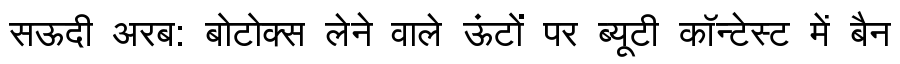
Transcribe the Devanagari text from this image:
सऊदी अरब: बोटोक्स लेने वाले ऊंटों पर ब्यूटी कॉन्टेस्ट में बैन